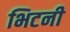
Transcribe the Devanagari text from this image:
भिटनी